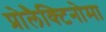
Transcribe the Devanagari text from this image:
प्रोलैक्टिनोमा